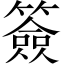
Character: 簽